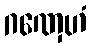
ဂဏှေဟံ